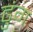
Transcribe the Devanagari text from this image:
ढुंग